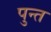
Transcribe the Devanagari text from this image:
पुन्त